Vaccination in Burma 1920-1933 - 1920-1933
Year: 1920
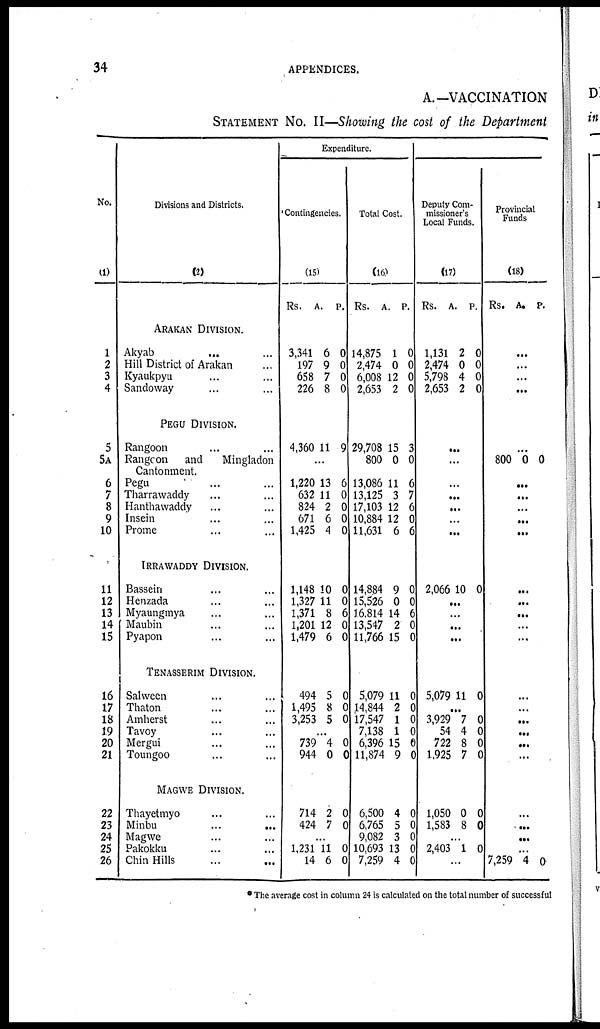
34
APPENDICES.
A.—VACCINATION
STATEMENT NO. II—Showing the cost of the Department
No.
(1)
1
2
3
4
5
5A
6
7
8
9
10
11
12
13
14
15
16
17
18
19
20
21
22
23
24
25
26
Divisions and Districts.
(2)
ARAKAN DIVISION.
Akyab
...
...
Hill District of Arakan ...
Kyaukpyu ... ...
Sandoway ... ...
PEGU DIVISION.
Rangoon ... ...
Rangoon
and
Mingladon
Cantonment.
Pegu ... ...
Tharrawaddy ... ...
Hanthawaddy ... ...
Insein ... ...
Prome ... ...
IRRAWADDY DIVISION.
Bassein ... ...
Henzada ... ...
Myaungmya ... ...
Maubin ... ...
Pyapon ... ...
TENASSERIM DIVISION.
Salween ... ...
Thaton ... ...
Amherst ... ...
Tavoy ... ...
Mergui ... ...
Toungoo ... ...
MAGWE DIVISION.
Thayetmyo ... ...
Minbu
...
...
Magwe ... ...
Pakokku ... ...
Chin Hills ... ...
Expenditure.
Contingencies.
(15)
Rs.
A. P
3,341
197
658
226
6
9
7
8
0
0
0
0
4,360 11 9
...
1,220
632
824
671
1,425
13
11
2
6
4
6
0
0
0
0
1,148
1,327
1,371
1,201
1,479
10
11
8
12
6
0
0
6
0
0
494
1,495
3,253
5
8
5
0
0
0
...
739
944
4
0
0
0
714
424
2
7
0
0
...
1,231
14
11
6
0
0
Total Cost.
(16)
Rs.
A.
P.
14,875
2,474
6,008
2,653
1
0
12
2
0
0
0
0
29,708
800
13,086
13,125
17,103
10,884
11,631
15
0
11
3
12
12
6
3
0
6
7
6
0
6
14,884
15,526
16,814
13,547
11,766
9
0
14
2
15
0
0
6
0
0
5,079
14,844
17,547
7,138
6,396
11,874
11
2
1
1
15
9
0
0
0
0
0
0
6,500
6,765
9,082
10,693
7,259
4
5
3
13
4
0
0
0
0
0
Deputy Com-
missioner's
Local Funds.
(17)
Rs.
A. P.
1,131
2,474
5,798
2,653
2
0
4
2
0
0
0
0
...
...
...
...
...
...
...
2,066 10 0
...
...
...
...
5,079 11 0
...
3,929
54
722
1,925
7
4
8
7
0
0
0
0
1,050
1,583
0
8
0
0
...
2,403 1 0
...
Provincial
Funds
(18)
Rs. A. P.
...
...
...
...
...
800 0 0
...
...
...
...
...
...
...
...
...
...
...
...
...
...
...
...
...
...
...
...
7,259 4 0
* The average cost in column 24 is calculated on the total number of successful